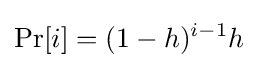
\mathrm {Pr} [i]=(1-h)^{i-1}h